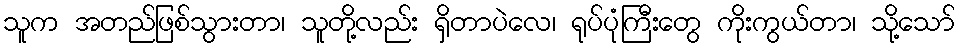
သူက အတည်ဖြစ်သွားတာ၊ သူတို့လည်း ရှိတာပဲလေ၊ ရုပ်ပုံကြီးတွေ ကိုးကွယ်တာ၊ သို့သော်